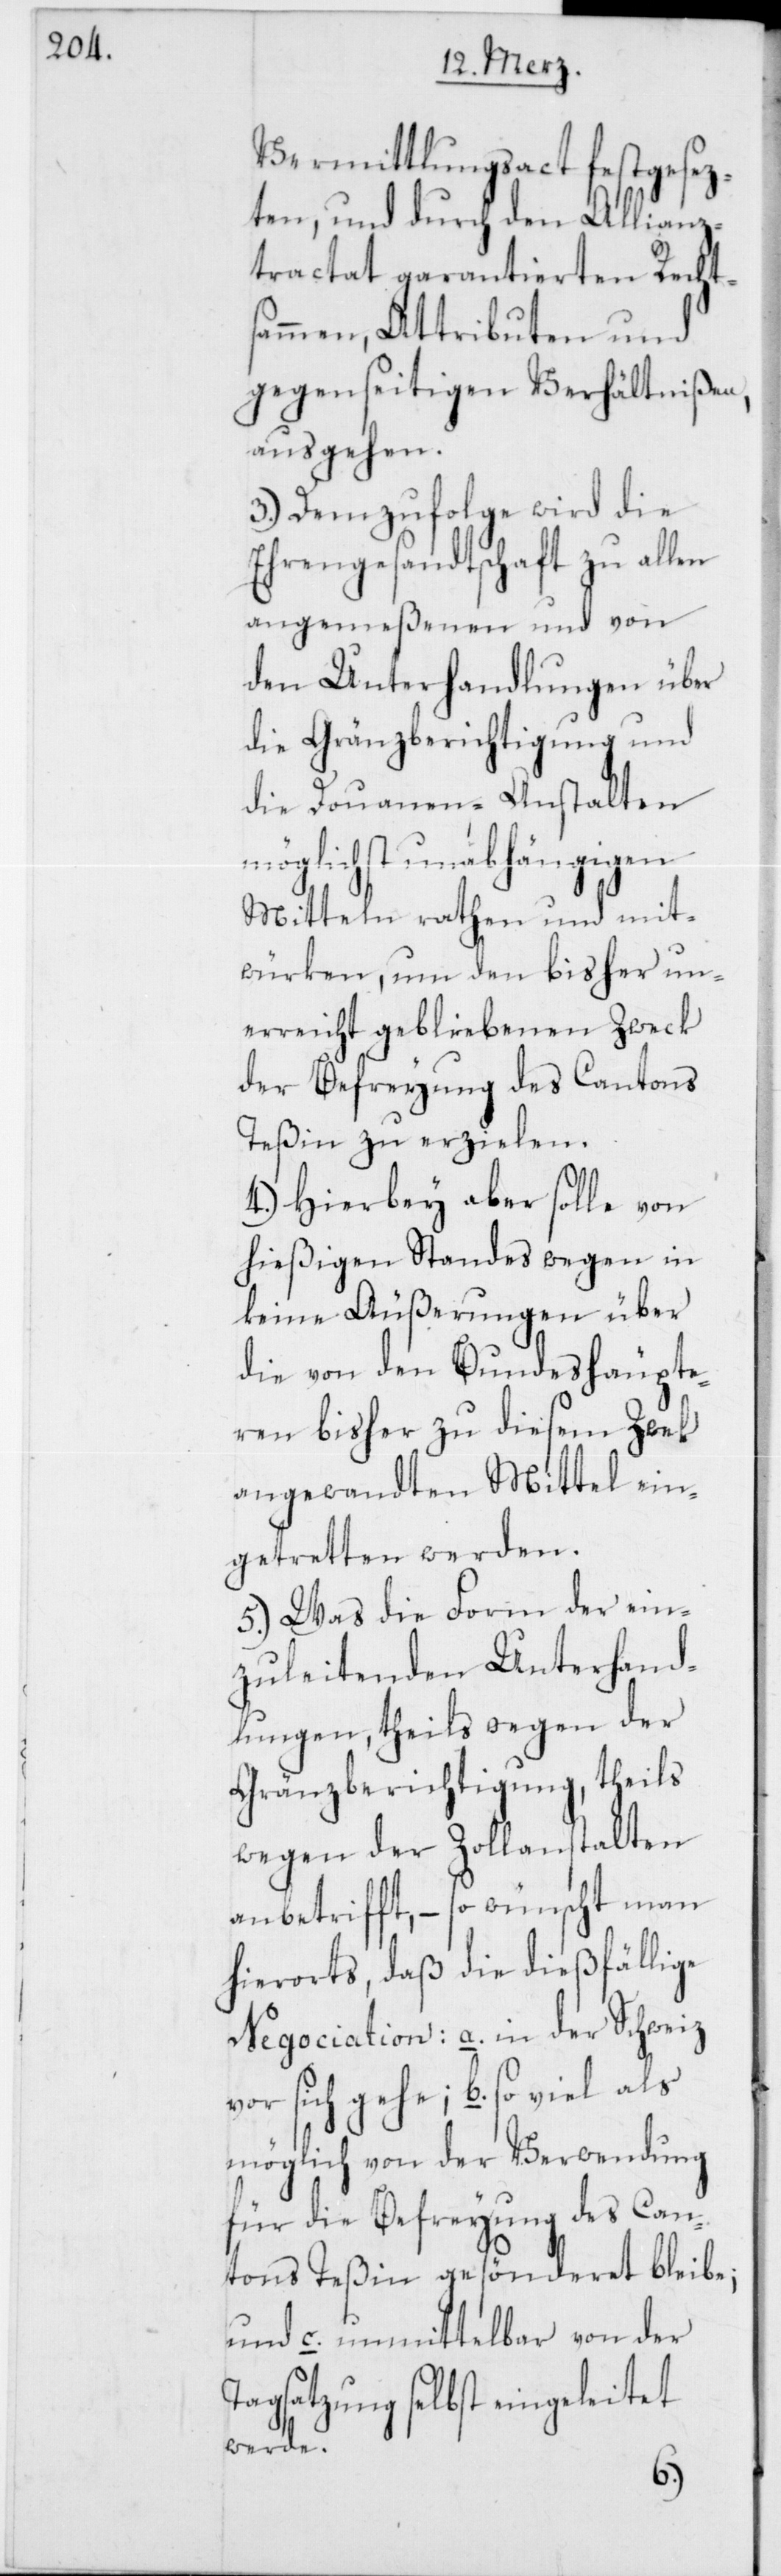
Vermittlungsact festgesez¬
ten, und durch den Allianz¬
tractat garantierten Rechts¬
ammen, Attributen und
gegenseitigen Verhältnißen,
ausgehen.
3.) Demzufolge wird die
Ehrengesandtschaft zu allen
angemeßenen und von
den Unterhandlungen über
die Gränzberichtigung und
die Douanen-Anstalten
möglichst unabhängigen
Mitteln rathen und mit¬
würken, um den bisher un¬
erreicht gebliebenen Zweck
der Befreyung des Cantons
Teßin zu erzielen.
4.) Hierbey aber solle von
hießigen Standes wegen in
keine Äußerungen über
die von den Bundeshäupte¬
ren bisher zu diesem Zwek
angewandten Mittel ein¬
getretten werden.
5.) Was die Form der ein¬
zuleitenden Unterhand¬
lungen, theils wegen der
Gränzberichtigung, theils
wegen der Zollanstalten
anbetrifft, – so wünscht man
hierorts, daß die dießfällige
Negotiation: a. in der Schweiz
vor sich gehe; b. so viel als
möglich von der Verwendung
für die Befreyung des Can¬
tons Teßin gesönderet bleibe;
und c. unmittelbar von der
Tagsatzung selbst eingeleitet
werde.